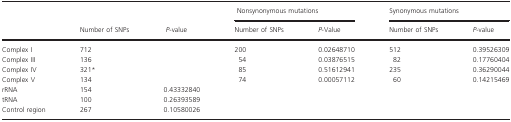
<table><thead><tr><td></td><td></td><td></td><td colspan="2"><b>Nonsynonymous mutations</b></td><td colspan="2"><b>Synonymous mutations</b></td></tr><tr><td></td><td><b>Number of SNPs</b></td><td><b><i>P</i>-value</b></td><td><b>Number of SNPs</b></td><td><b><i>P</i>-Value</b></td><td><b>Number of SNPs</b></td><td><b><i>P</i>-value</b></td></tr></thead><tbody><tr><td>Complex I</td><td>712</td><td></td><td>200</td><td>0.02648710</td><td>512</td><td>0.39526309</td></tr><tr><td>Complex III</td><td>136</td><td></td><td>54</td><td>0.03876515</td><td>82</td><td>0.17760404</td></tr><tr><td>Complex IV</td><td>321*</td><td></td><td>85</td><td>0.51612941</td><td>235</td><td>0.36290044</td></tr><tr><td>Complex V</td><td>134</td><td></td><td>74</td><td>0.00057112</td><td>60</td><td>0.14215469</td></tr><tr><td>rRNA</td><td>154</td><td>0.43332840</td><td></td><td></td><td></td><td></td></tr><tr><td>tRNA</td><td>100</td><td>0.26393589</td><td></td><td></td><td></td><td></td></tr><tr><td>Control region</td><td>267</td><td>0.10580026</td><td></td><td></td><td></td><td></td></tr></tbody></table>